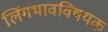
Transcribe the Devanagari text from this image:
लिंगभावविषयक